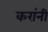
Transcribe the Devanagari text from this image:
करांनी